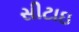
સીટાઇ